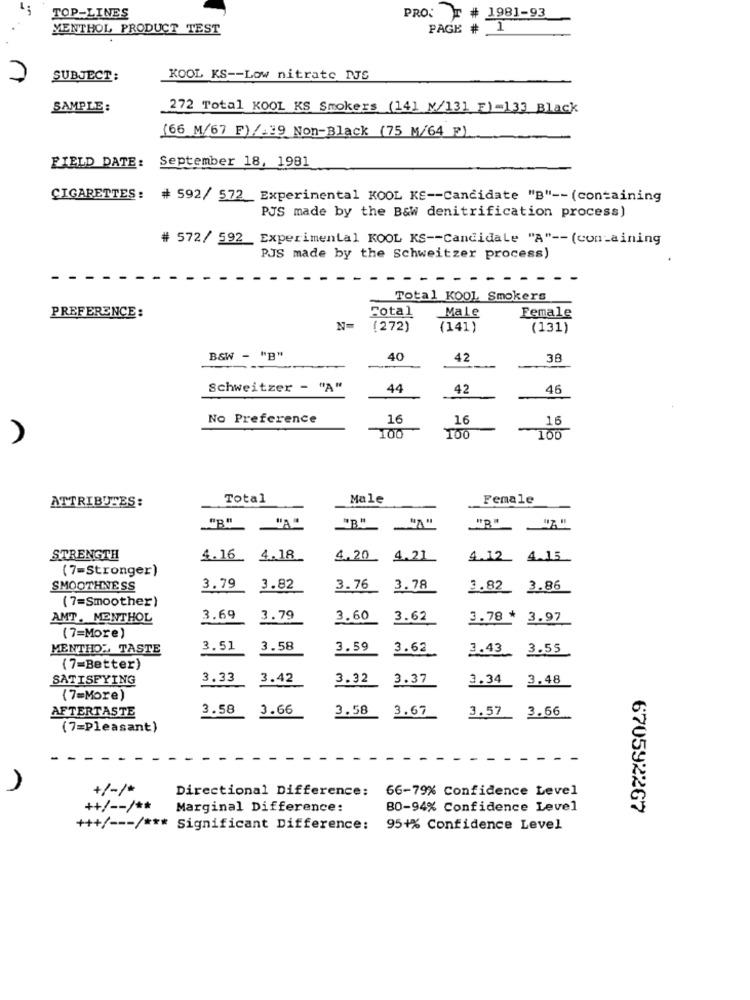
TOP-LINES
PRO: T # 1981-93
MENTHOL PRODUCT TEST
PAGE # 1
7
SUBJECT:
KOOL KS -- Low nitrate IJS
SAMPLE:
272 Total KOOL KS Smokers (141 W/131 E)=133 Black
(66 M/67 F)/ 39 Non-Black (75 M/64 P)
FIELD DATE: September 18, 1981
CIGARETTES: # 592/ 572_Experimental KOOL KS -- Candidate "B" -- (containing
PJS made by the B&W denitrification process)
# 572/ 592
Experimental KOOL KS -- Candidale "A" -- (containing
PJS made by the Schweitzer process)
-
Total KOOL Smokers
Total
Male
PREFERENCE:
Female
N-
(272)
(141)
(131)
B&W - "B"
40
42
38
Schweitzer - "A"
44
42
46
No Preference
16
16
16
100
100
100
Total
Male
Female
ATTRIBUTES:
"B"
STRENGTH
4.16. 4.18
4.20 4.21
4.12_ 4.15
(7=Stronger)
SMOOTHNESS
3.79
3.82
3.76
3.78
3.82
3.86
(7=Smoother)
AMT. MENTHOL
3.69
3.79
3.60
3.62
3.78 *
3.97
(7=More)
MENTHOL TASTE
3.51
3.58
3.59
3.62
3.43
3.55
(7=Better)
SATISFYING
3.33
3.42
3.32
3.37
3.34
3.48
(7=More)
AFTERTASTE
3.58
3.66
3.58
3.67
3.57
3.66
(7=Pleasant)
+/-/+
Directional Difference:
66-79% Confidence Level
++/ -- / **
Marginal Difference:
80-94% Confidence Level
670592267
+++/ --- / *** Significant Difference:
95+% Confidence Level